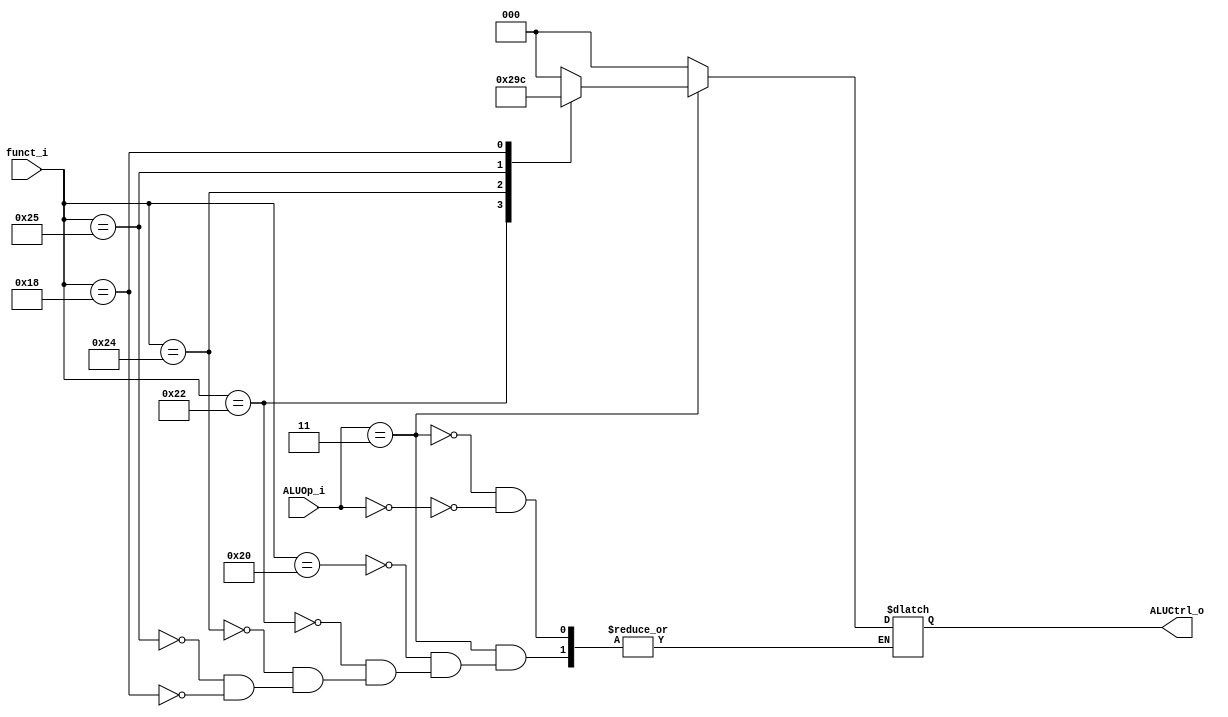
module ALU_Control(
    funct_i,
    ALUOp_i,
    ALUCtrl_o
);

input	[5:0]	funct_i;
input	[1:0]	ALUOp_i;
output	[2:0]	ALUCtrl_o;

reg 	[2:0]	temp;
assign	ALUCtrl_o = temp;


always@(funct_i or ALUOp_i or ALUCtrl_o)
  begin
    if(ALUOp_i == 2'b11)
	begin
	  case(funct_i)
	    6'b100000 : temp <= 3'b000;
	    6'b100010 : temp <= 3'b001;
	    6'b100100 : temp <= 3'b010;
	    6'b100101 : temp <= 3'b011;
	    6'b011000 : temp <= 3'b100;
	  endcase
	end
    else if(ALUOp_i == 2'b00)
	begin
	  temp <= 3'b000;
	end
  end
endmodule